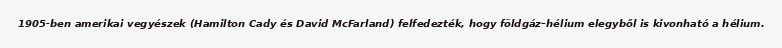
1905-ben amerikai vegyészek (Hamilton Cady és David McFarland) felfedezték, hogy földgáz–hélium elegyből is kivonható a hélium.